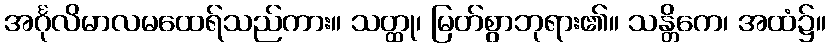
အင်္ဂုလိမာလမထေရ်သည်ကား။ သတ္ထု၊ မြတ်စွာဘုရား၏။ သန္တိကေ၊ အထံ၌။